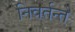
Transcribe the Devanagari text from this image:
निवर्तन्ते